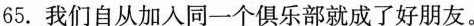
65.我们自从加入同一个俱乐部就成了好朋友。